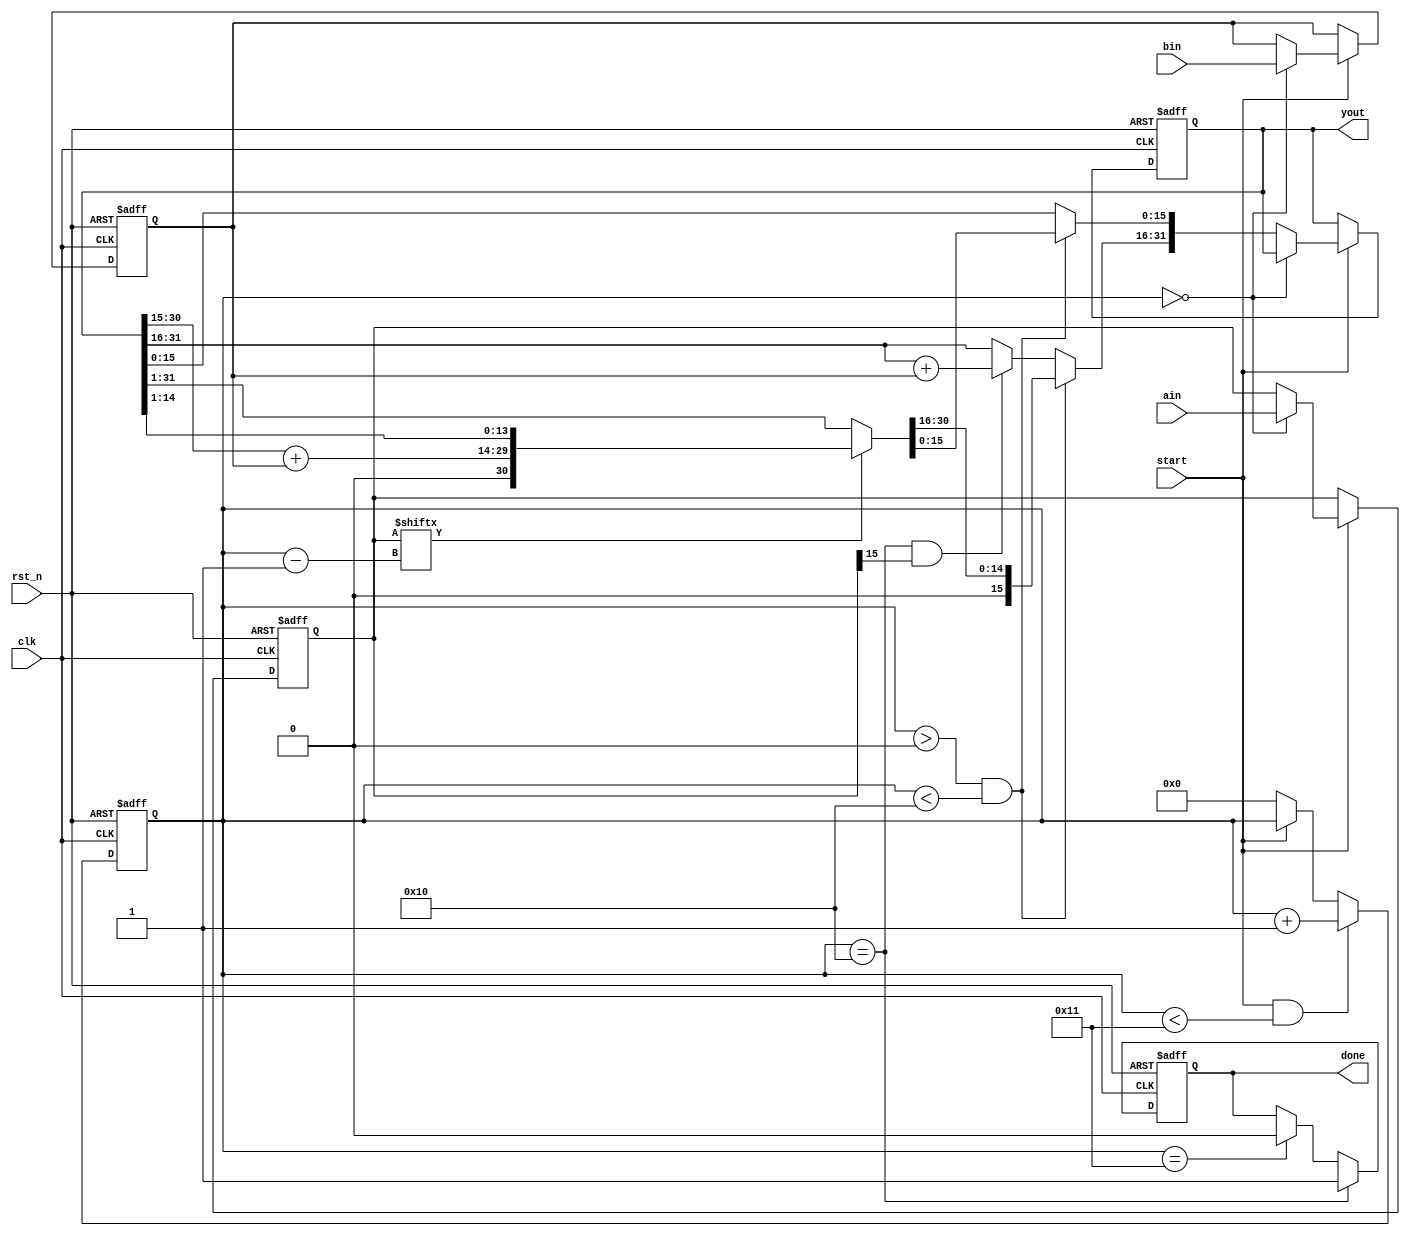
/***********************************************
   Multip_16()
   16
start,ain,bin
yout,done
************************************************/
module Multip_16(
	clk,rst_n,
	start,ain,bin,
	yout,done
);
input clk;
input rst_n;
input start;              //1
input[15:0] ain;
input[15:0] bin;
output[31:0] yout;
output done;             //1

reg[15:0] areg;
reg[15:0] breg;
reg[31:0] yout_r;
reg done_r;              
reg[4:0] i;               //

/************************************/
always @(posedge clk, negedge rst_n)
	if(!rst_n) i <= 5'd0;
		else if (start && i < 5'd17) i <= i + 1'b1;
		else if (!start) i <= 5'd0;
		
/***************************/
always @(posedge clk, negedge rst_n)
	if(!rst_n) done_r <= 1'b0;
		else if(i == 5'd16) done_r = 1'b1;
		else if(i == 5'd17) done_r = 1'b0;
assign done = done_r;

/*************************/
always @(posedge clk, negedge rst_n)begin 
		if(!rst_n) begin
			areg <= 16'h0000;
			breg <= 16'h0000;
			yout_r <= 32'h00000000;
		end
		else if(start) begin          //
			if(i == 5'd0) begin        //
				areg <= ain;
				breg <= bin;
			end
			else if (i > 5'd0 && i < 5'd16) begin
				if(areg[i-1]) yout_r = {1'b0,yout[30:15]+breg,yout_r[14:1]};	//
				else yout_r <= yout_r>>1;	//
			end 
		else if(i == 5'd16 && areg[15]) yout_r[31:16] <= yout_r[31:16]+breg;	//
		end 
					
	end

assign yout = yout_r;

endmodule